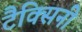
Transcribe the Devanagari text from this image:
टैक्सिनी